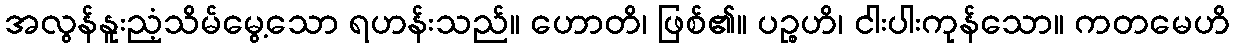
အလွန်နူးညံ့သိမ်မွေ့သော ရဟန်းသည်။ ဟောတိ၊ ဖြစ်၏။ ပဉ္စဟိ၊ ငါးပါးကုန်သော။ ကတမေဟိ